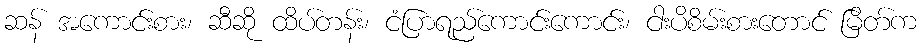
ဆန် အကောင်းစား၊ ဆီဆို ထိပ်တန်း၊ ငံပြာရည်ကောင်းကောင်း၊ ငါးပိစိမ်းစားတောင် မြိတ်က